Annual administration report of the Civil Veterinary Department of India - 1896-1897
Year: 1896
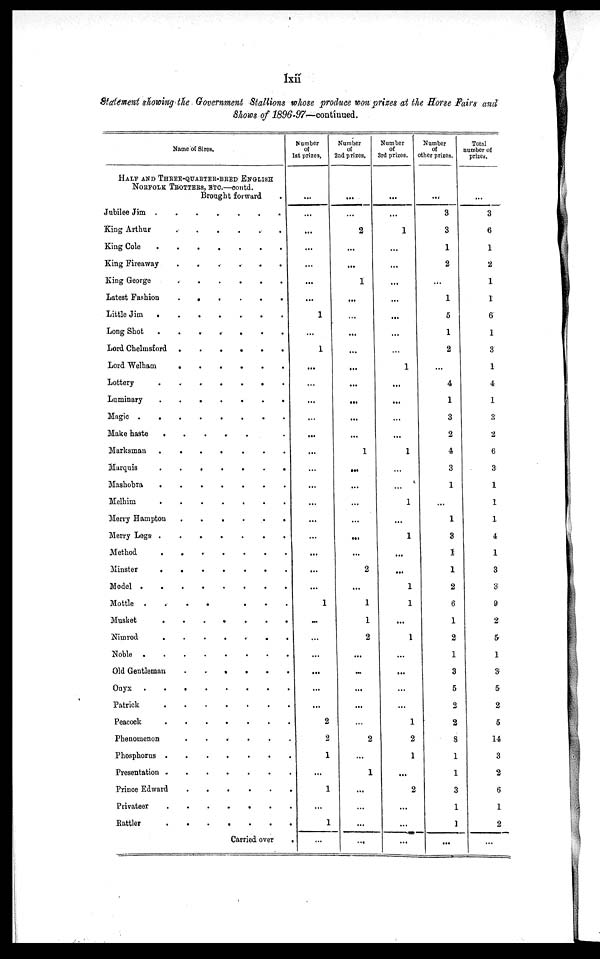
lxii
Statement showing the Government Stallions whose produce won prizes at the Horse Fairs and
Shows of
1896-97-continued.
Name of Sires.
HALF AND THREE-QUARTER-BRED ENGLISH
NORFOLK TROTTERS, ETC.—contd.
Brought forward
Jubilee Jim
King
Arthur
.
.
.
.
.
.
King Cole
King Fireaway
.
.
.
.
.
.
King George
.
.
.
.
.
.
Latest Fashion
.
.
.
.
.
.
Little Jim
Long Shot
.
.
.
.
.
.
.
Lord Chelmsford
.
.
.
.
.
.
Lord Welham
.
.
.
.
.
.
Lottery
.
.
.
.
.
.
.
Luminary
Magic
.
.
.
.
.
.
.
.
Make haste
.
.
.
.
.
.
Marksman
.
.
.
.
.
.
.
Marquis
.
.
.
.
.
.
.
Mashobra
.
.
.
.
.
.
.
Melhim
.
.
.
.
.
.
.
Merry Hampton
.
.
.
.
.
.
.
Merry Legs
.
.
.
.
.
.
.
Method
.
.
.
.
.
.
.
Minster
.
.
.
.
.
.
.
Model
.
.
.
.
.
.
.
Mottle
.
.
.
.
.
.
.
Musket
.
.
.
.
.
.
.
Nimrod
.
.
.
.
.
.
Noble
.
.
.
.
.
.
.
.
Old Gentleman . . . . . .
Ouyx
.
.
.
.
.
.
.
Patrick
.
.
.
.
.
.
Peacock
.
.
.
.
.
.
Phenomenon
.
.
.
.
.
Phosphorus
.
.
.
.
.
.
Presentation
Prince Edward
.
.
.
.
.
Privateer
.
.
.
.
.
.
Rattler
.
.
.
.
.
.
Carried over .
Number
of
1st prizes.
...
...
...
...
...
...
...
1
...
1
...
...
...
...
...
...
...
...
...
...
...
...
...
...
1
...
...
...
...
...
...
2
2
1
...
1
...
1
...
Number
of
2nd prizes.
...
...
2
...
...
1
...
...
...
...
...
...
...
...
...
1
...
...
...
...
...
...
2
...
1
1
2
...
...
...
...
...
2
...
1
...
...
...
...
Number
of
3rd prizes.
...
...
1
...
...
...
...
...
...
1
...
...
...
...
1
...
...
1
...
1
...
...
1
1
...
1
...
...
...
...
1
2
1
...
2
...
...
...
Number
of
other prizes.
...
3
3
1
2
...
1
5
1
2
...
4
1
3
2
4
3
1
...
1
3
1
1
2
6
1
2
1
3
5
2
2
8
1
1
3
1
1
...
Total
number of
prizes.
...
3
6
1
2
1
1
6
1
3
1
4
1
2
6
3
1
1
1
4
1
3
3
9
2
5
1
3
5
2
5
14
3
2
6
1
2
...